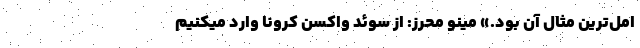
امل‌ترین مثال آن بود.» مینو محرز: از سوئد واکسن کرونا وارد میکنیم